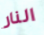
النار